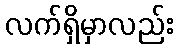
လက်ရှိမှာလည်း